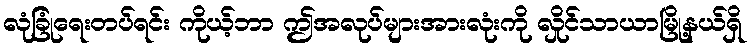
လုံခြုံရေးတပ်ရင်း ကိုယ့်ဘာ ဤအလုပ်များအားလုံးကို လှိုင်သာယာမြို့နယ်ရှိ